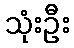
သုံးဦး